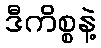
ဒီကိစ္စနဲ့